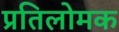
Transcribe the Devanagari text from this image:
प्रतिलोमक